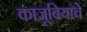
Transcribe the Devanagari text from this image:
काजूबियांचे